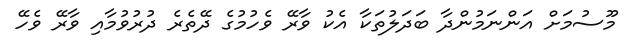
މޫސުމަށް އަންނަމުންދާ ބަދަލުތަކާ އެކު ވާރޭ ވެހުމުގެ ދޭތެރެ ދުރުވުމާއި ވާރޭ ވެހޭ